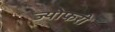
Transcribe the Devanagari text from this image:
ज्योफरी